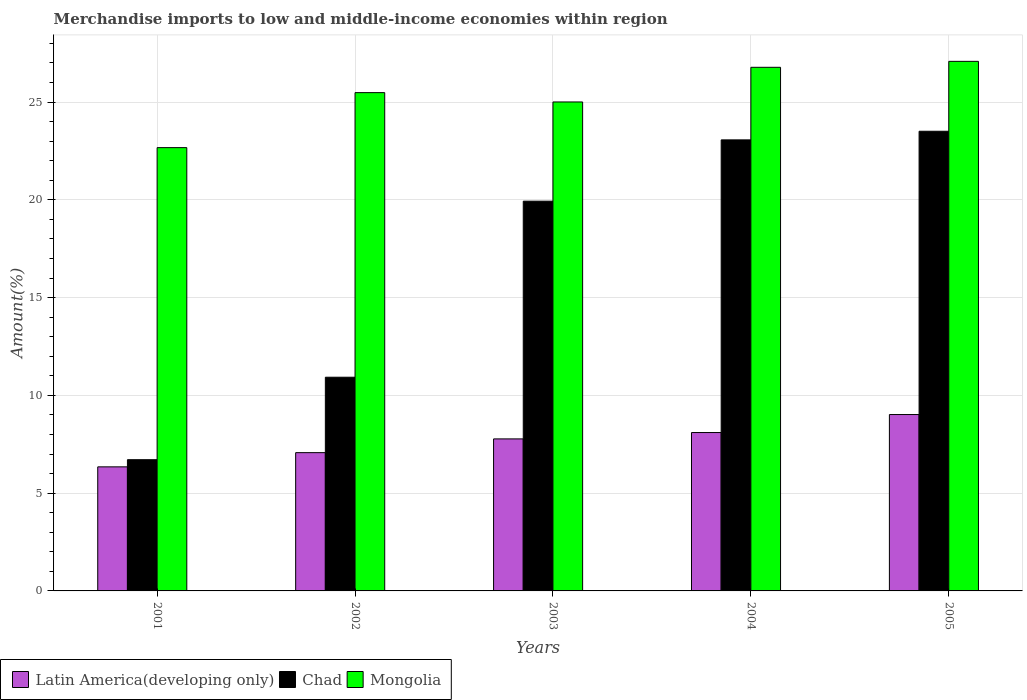
| Years | Latin America(developing only) | Chad | Mongolia |
 | --- | --- | --- | --- |
 | 2001 | 6.34 | 6.71 | 22.7 |
 | 2002 | 7.07 | 10.9 | 25.5 |
 | 2003 | 7.77 | 19.9 | 25 |
 | 2004 | 8.1 | 23.1 | 26.8 |
 | 2005 | 9.02 | 23.5 | 27.1 |